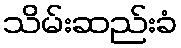
သိမ်းဆည်းခံ